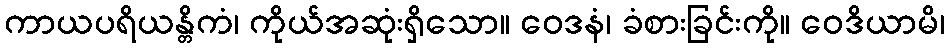
ကာယပရိယန္တိကံ၊ ကိုယ်အဆုံးရှိသော။ ဝေဒနံ၊ ခံစားခြင်းကို။ ဝေဒိယာမိ၊